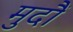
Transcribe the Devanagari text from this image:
मुदौं